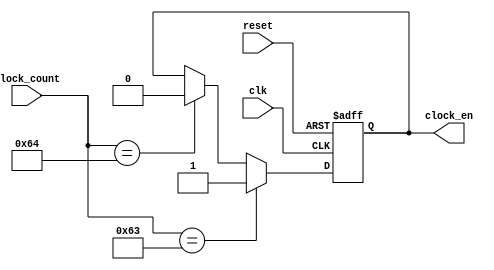
module clock_enable(clk, reset, clock_count, clock_en);
    
    input clk, reset;
    input [6:0] clock_count;
    output clock_en;
    reg clock_en;
    
    always@(posedge clk or posedge reset)
    begin
        if(reset)
            clock_en <= 1'b0;
        else if(clock_count == 7'b01100011)
            clock_en <= 1'b1;
        else if(clock_count == 7'b01100100)
            clock_en <= 1'b0;
        else
            clock_en <= clock_en;
    end
    
endmodule